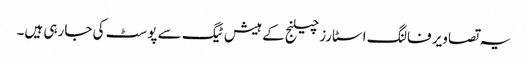
یہ تصاویر فالنگ اسٹارز چیلنج کے ہیش ٹیگ سے پوسٹ کی جارہی ہیں۔